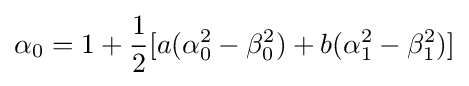
\alpha _{0}=1+{\frac {1}{2}}[a(\alpha _{0}^{2}-\beta _{0}^{2})+b(\alpha _{1}^{2}-\beta _{1}^{2})]